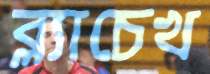
ব্ল্যাচেখ